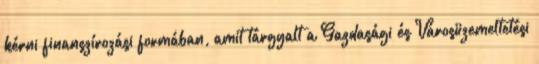
kérni finanszírozási formában, amit tárgyalt a Gazdasági és Városüzemeltetési